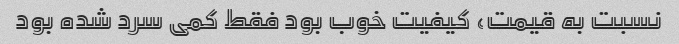
نسبت به قیمت، کیفیت خوب بود فقط کمی سرد شده بود